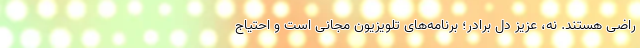
راضی هستند. نه، عزیز دل برادر؛ برنامه‌های تلویزیون مجانی است و احتیاج